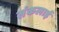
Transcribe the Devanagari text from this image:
संकलाई